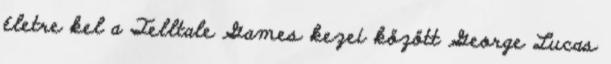
életre kel a Telltale Games kezei között George Lucas